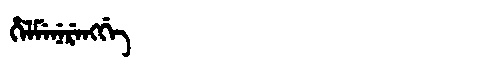
Manchu: ᡥᡝᠯᠮᡝᠨᡝᡵᡝᠩᡤᡝ
Romanization: HELMENERENGGE